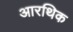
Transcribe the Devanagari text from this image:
आरथिक